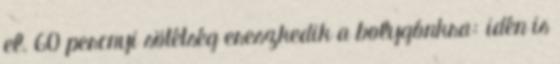
el. 60 percnyi sötétség ereszkedik a bolygónkra: idén is